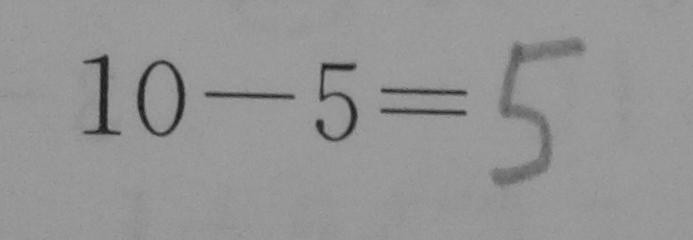
1 0 - 5 = 5